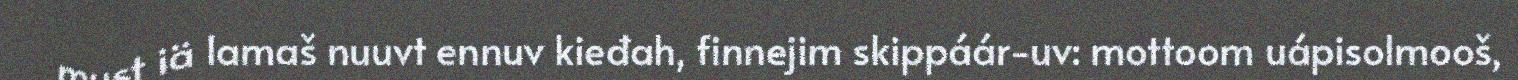
must iä lamaš nuuvt ennuv kieđah, finnejim skippáár-uv: mottoom uápisolmooš,